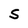
Character: S